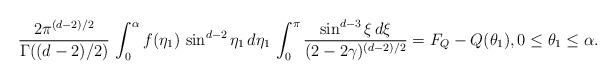
LaTeX: \begin{align*} \frac {2 \pi^{(d-2)/2}} {\Gamma ((d-2)/2)} \, \int_0^\alpha f(\eta_1)\, \sin^{d-2} \eta_1 \, d\eta_1 \, \int_0^\pi \frac { \sin ^{d-3} \xi\,d\xi} {(2 - 2\gamma)^{(d-2)/2}} = F_Q - Q(\theta_1), 0 \leq \theta_1 \leq \alpha.\end{align*}